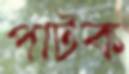
পাটক